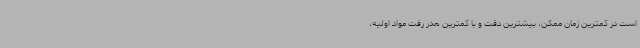
است در کمترین زمان ممکن، بیشترین دقت و با کمترین هدر رفت مواد اولیه،